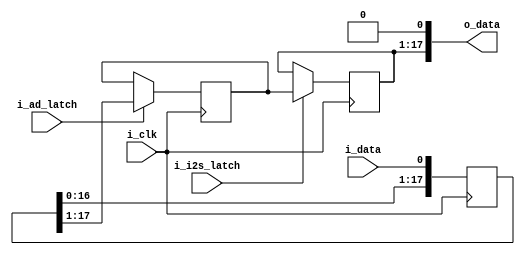
// Copyright 2023 Takashi Toyoshima <toyoshim@gmail.com>.
// Use of this source code is governed by a BSD-style license that can be found
// in the LICENSE file.

module SampleLatch(i_clk, i_data, i_ad_latch, i_i2s_latch, o_data);
	input i_clk;
	input i_data;
	input i_ad_latch;
	input i_i2s_latch;
	output [17:0] o_data;
	
	reg [17:0] r_shift;
	reg [16:0] r_latch;
	reg [16:0] r_data;
	
	assign o_data = { r_data, 1'b0 };
	
	always @ (posedge i_clk) begin
		r_shift <= { r_shift[16:0], i_data };
		if (i_ad_latch) begin
			r_latch <= r_shift[17:1];
		end
		if (i_i2s_latch) begin
			r_data <= r_latch;
		end
	end
endmodule